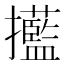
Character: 𢹹